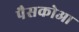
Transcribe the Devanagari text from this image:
पैसकोआ